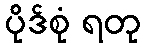
ပိုဒ်စုံ ရတု